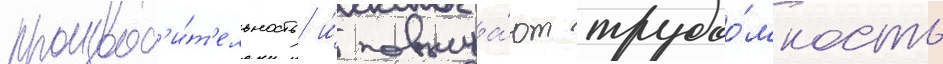
производ'и́т'ельность и́ повыша́ют трудоо́мкость